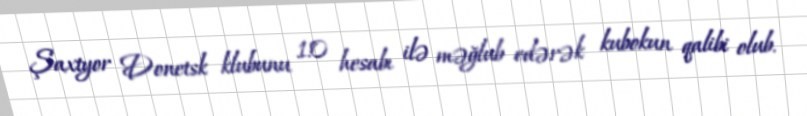
Şaxtyor Donetsk klubunu 1:0 hesabı ilə məğlub edərək kubokun qalibi olub.